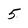
Character: 5